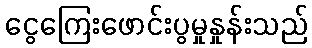
ငွေကြေးဖောင်းပွမှုနှုန်းသည်